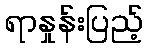
ရာနှုန်းပြည့်